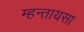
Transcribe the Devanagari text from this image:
म्हन्तायसा